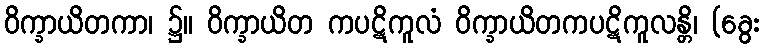
ဝိက္ခာယိတကာ၊ ၌။ ဝိက္ခာယိတ ကပဋိကူလံ ဝိက္ခာယိတကပဋိကူလန္တိ၊ (ခွေး